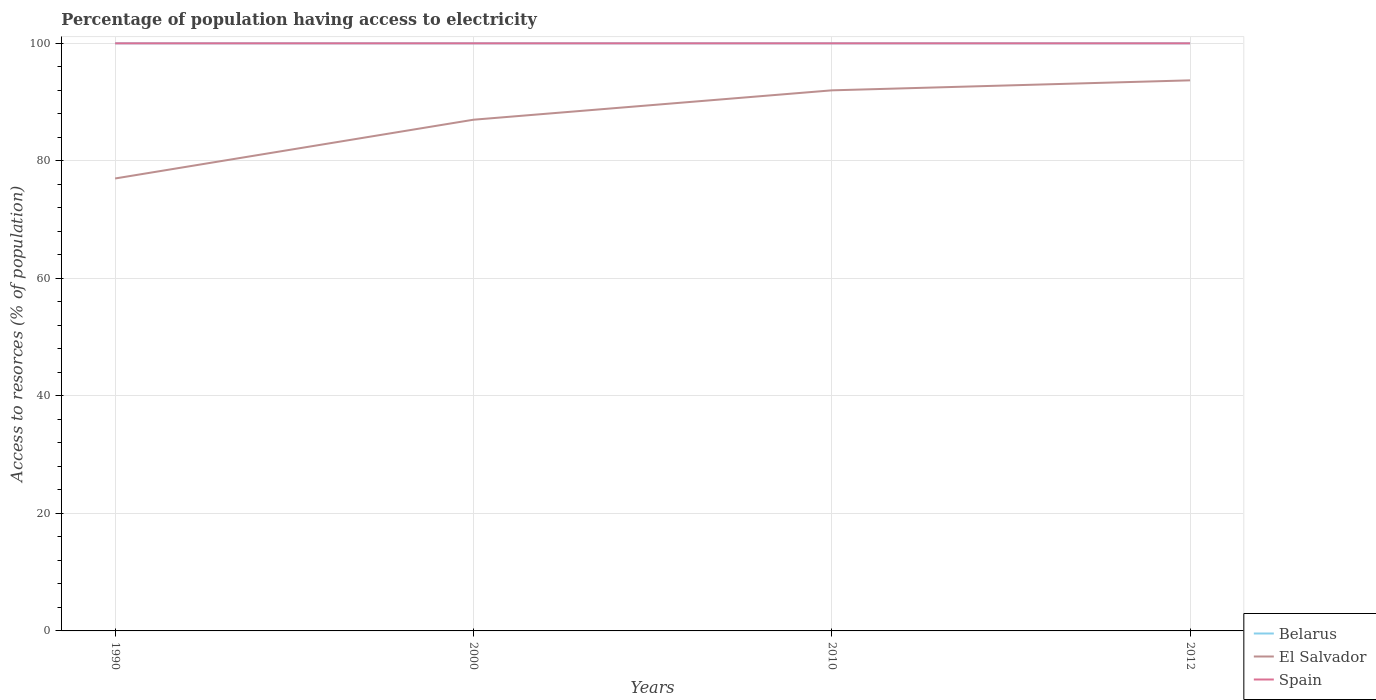
| Years | Belarus | El Salvador | Spain |
 | --- | --- | --- | --- |
 | 1990 | 100 | 77 | 100 |
 | 2000 | 100 | 87 | 100 |
 | 2010 | 100 | 92 | 100 |
 | 2012 | 100 | 93.7 | 100 |